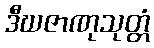
ဒီဃဇာဏုသုတ္တံ